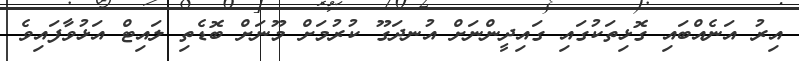
އިރު އަނެއްބައި ގޮޅިތަކުގައި ގައިދީންނަށް އުނދަގޫ ކުރުމަށް މޫނަށް ބޮޑެތި ލައިޓް އަޅުވާފައިވެ